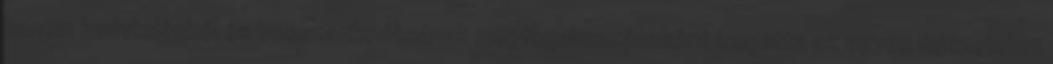
hanem kedvtelésből és bosszankodásának megfogalmazásaként írogatta az egyes fejezeteket